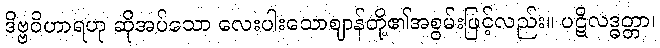
ဒိဗ္ဗဝိဟာရဟု ဆိုအပ်သော လေးပါးသောဈာန်တို့၏အစွမ်းဖြင့်လည်း။ ပဋိလဒ္ဓတ္တာ၊